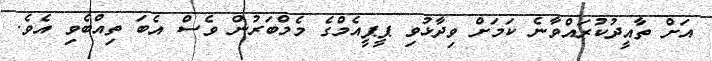
އަށް ތާއީދުކުރައްވާނެ ކަމަށް ވިދާޅުވި ޕީޕީއެމްގެ މެމްބަރުން ވެސް އެބަ ތިއްބެވި އެވެ.